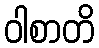
ဝါစာတိ